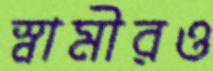
স্বামীরও